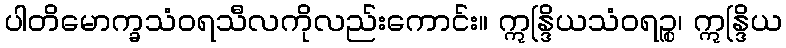
ပါတိမောက္ခသံဝရသီလကိုလည်းကောင်း။ ဣန္ဒြိယသံဝရဉ္စ၊ ဣန္ဒြိယ